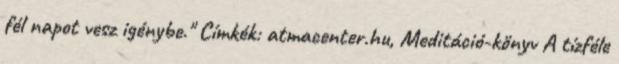
fél napot vesz igénybe." Címkék: atmacenter.hu, Meditáció-könyv A tízféle